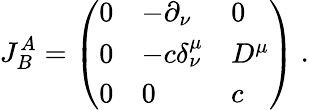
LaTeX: J_{B}^{A}=\left(\begin{array}{lll}{{0}}&{{-\partial_{\nu}}}&{{0}}\\ {{0}}&{{-c\delta_{\nu}^{\mu}}}&{{D^{\mu}}}\\ {{0}}&{{0}}&{{c}}\end{array}\right)\ .